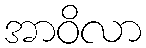
အာဝိလာ